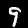
Digit: 9